Statistics compiled by the Government of India from the reports of provincial Civil Veterinary Departments
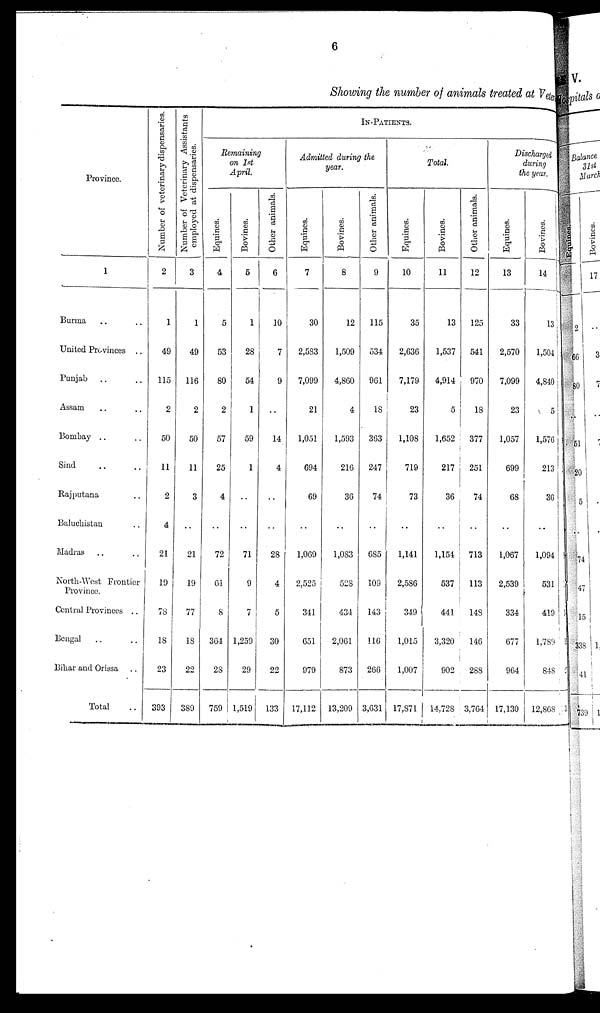
6
Showing the number of animals treated at Veternary
Province.
1
Burma .. ..
United Provinces ..
Punjab .. ..
Assam .. ..
Bombay .. ..
Sind .. ..
Rajputana ..
Baluchistan ..
Madras .. ..
North-West Frontier
Province.
Central Provinces ..
Bengal .. ..
Bihar and Orissa ..
Total ..
Number of veterinary dispensaries.
2
1
49
115
2
50
11
2
4
21
19
78
18
23
393
Number of Veterinary Assistants
employed at dispensaries.
3
1
49
116
2
50
11
3
..
21
19
77
18
22
389
IN-PATIENTS.
Remaining on 1st April.
Equines.
4
5
53
80
2
57
25
4
..
72
61
8
364
28
759
Bovines.
5
1
28
54
1
59
1
..
..
71
9
7
1,259
29
1,519
Other animals.
6
10
7
9
..
14
4
..
..
28
4
5
30
22
133
Admitted during the year.
Equines.
7
30
2,583
7,099
21
1,051
694
69
..
1,069
2,525
341
651
979
17,112
Bovines.
8
12
1,509
4,860
4
1,593
216
36
..
1,083
528
434
2,061
873
13,209
Other animals.
9
115
534
961
18
363
247
74
..
685
109
143
116
266
3,631
Total.
Equines.
10
35
2,636
7,179
23
1,108
719
73
..
1,141
2,586
349
1,015
1,007
17,871
Bovines.
11
13
1,537
4,914
5
1,652
217
36
..
1,154
537
441
3,320
902
14,728
Other animals.
12
125
541
970
18
377
251
74
..
713
113
148
146
288
3,764
Discharged d
Equines.
13
33
2,570
7,099
23
1,057
699
68
..
1,067
2,539
334
677
964
17,130
Bovines.
14
13
1,504
4,840
5
1,576
213
36
..
1,094
531
419
1,789
848
12,868